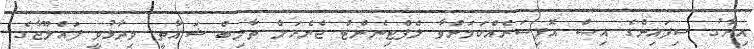
އިރާގު ސިފައިންގެ އިސް އޮފިސަރެއްކަމަށްވާ ލެފްޓިނެންޓް ޖެނެރަލް ތާލިބް ޝަޣާތީ ވިދާޅުވީ ފައްލޫޖާގެ